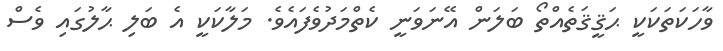
ވާހަކަތަކަކީ ޙަޤީޤަތެއްތޯ ބަލަން އޭނަވަނީ ކެތްމަދުވެފައެވެ. މަލާކަކީ އެ ބަލި ޙާލުގައި ވެސް